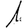
Digit: 1